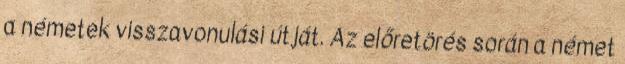
a németek visszavonulási útját. Az előretörés során a német